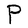
Character: P